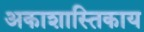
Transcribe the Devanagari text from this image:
अकाशास्तिकाय